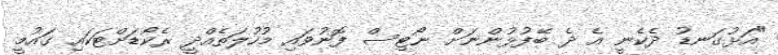
"އަޅުގަނޑު ދެކެނީ އެ ދެ ބޭފުޅުންނަށް ނޯޓިސް ފޮނުވައި މުހުލަތެއްދީ ރެކޯޑަށްޓަކައި ގައުމީ